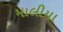
માલીયા